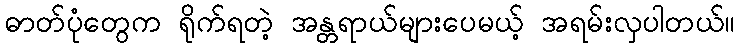
ဓာတ်ပုံတွေက ရိုက်ရတဲ့ အန္တရာယ်များပေမယ့် အရမ်းလှပါတယ်။